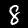
Label: 8